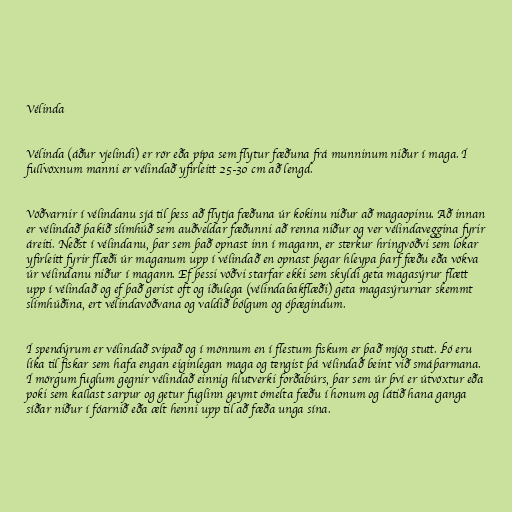
Vélinda

Vélinda (áður vjelindi) er rör eða pípa sem flytur fæðuna frá munninum niður í maga. Í
fullvöxnum manni er vélindað yfirleitt 25-30 cm að lengd.

Vöðvarnir í vélindanu sjá til þess að flytja fæðuna úr kokinu niður að magaopinu. Að innan
er vélindað þakið slímhúð sem auðveldar fæðunni að renna niður og ver vélindaveggina fyrir
áreiti. Neðst í vélindanu, þar sem það opnast inn í magann, er sterkur hringvöðvi sem lokar
yfirleitt fyrir flæði úr maganum upp í vélindað en opnast þegar hleypa þarf fæðu eða vökva
úr vélindanu niður í magann. Ef þessi vöðvi starfar ekki sem skyldi geta magasýrur flætt
upp í vélindað og ef það gerist oft og iðulega (vélindabakflæði) geta magasýrurnar skemmt
slímhúðina, ert vélindavöðvana og valdið bólgum og óþægindum.

Í spendýrum er vélindað svipað og í mönnum en í flestum fiskum er það mjög stutt. Þó eru
líka til fiskar sem hafa engan eiginlegan maga og tengist þá vélindað beint við smáþarmana.
Í mörgum fuglum gegnir vélindað einnig hlutverki forðabúrs, þar sem úr því er útvöxtur eða
poki sem kallast sarpur og getur fuglinn geymt ómelta fæðu í honum og látið hana ganga
síðar niður í fóarnið eða ælt henni upp til að fæða unga sína.